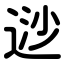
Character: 逤